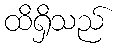
ထိရှိသည်